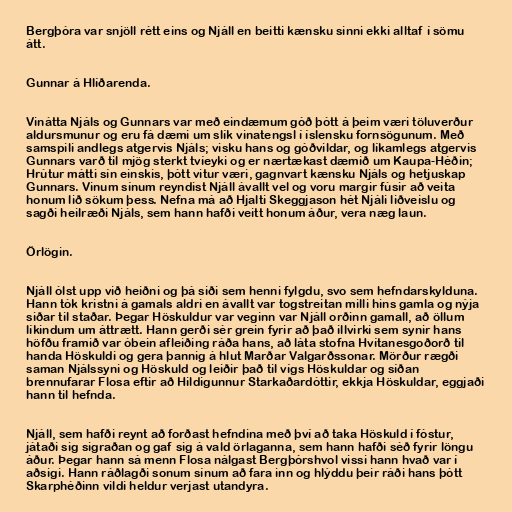
Bergþóra var snjöll rétt eins og Njáll en beitti kænsku sinni ekki alltaf í sömu
átt.

Gunnar á Hlíðarenda.

Vinátta Njáls og Gunnars var með eindæmum góð þótt á þeim væri töluverður
aldursmunur og eru fá dæmi um slík vinatengsl í íslensku fornsögunum. Með
samspili andlegs atgervis Njáls; visku hans og góðvildar, og líkamlegs atgervis
Gunnars varð til mjög sterkt tvíeyki og er nærtækast dæmið um Kaupa-Héðin;
Hrútur mátti sín einskis, þótt vitur væri, gagnvart kænsku Njáls og hetjuskap
Gunnars. Vinum sínum reyndist Njáll ávallt vel og voru margir fúsir að veita
honum lið sökum þess. Nefna má að Hjalti Skeggjason hét Njáli liðveislu og
sagði heilræði Njáls, sem hann hafði veitt honum áður, vera næg laun.

Örlögin.

Njáll ólst upp við heiðni og þá siði sem henni fylgdu, svo sem hefndarskylduna.
Hann tók kristni á gamals aldri en ávallt var togstreitan milli hins gamla og nýja
siðar til staðar. Þegar Höskuldur var veginn var Njáll orðinn gamall, að öllum
líkindum um áttrætt. Hann gerði sér grein fyrir að það illvirki sem synir hans
höfðu framið var óbein afleiðing ráða hans, að láta stofna Hvítanesgoðorð til
handa Höskuldi og gera þannig á hlut Marðar Valgarðssonar. Mörður rægði
saman Njálssyni og Höskuld og leiðir það til vígs Höskuldar og síðan
brennufarar Flosa eftir að Hildigunnur Starkaðardóttir, ekkja Höskuldar, eggjaði
hann til hefnda.

Njáll, sem hafði reynt að forðast hefndina með því að taka Höskuld í fóstur,
játaði sig sigraðan og gaf sig á vald örlaganna, sem hann hafði séð fyrir löngu
áður. Þegar hann sá menn Flosa nálgast Bergþórshvol vissi hann hvað var í
aðsigi. Hann ráðlagði sonum sínum að fara inn og hlýddu þeir ráði hans þótt
Skarphéðinn vildi heldur verjast utandyra.